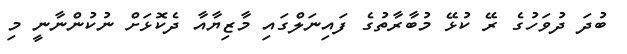
ބުދަ ދުވަހުގެ ރޭ ކުޅޭ މުބާރާތުގެ ފައިނަލްގައި މާޒިޔާއާ ދެކޮޅަށް ނުކުންނާނީ މި